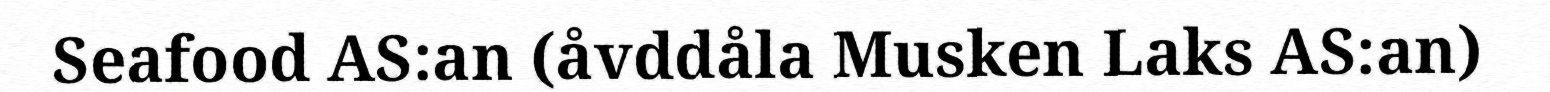
Seafood AS:an (åvddåla Musken Laks AS:an)